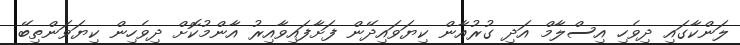
ލަންކާގައި ދިވެހި އިސްލާމް އަދި ގުރުއާން ކިޔަވައިދޭން ފަށާފައިވާއިރު އާންމުކޮށް ދިވެހިން ކިޔަވަންތިބޭ